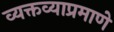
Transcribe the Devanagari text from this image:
व्यक्तव्याप्रमाणे